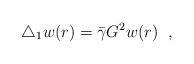
LaTeX: \begin{align*} \triangle_{1}w(r)=\bar{\gamma}G^{2}w(r) \;\;,\end{align*}